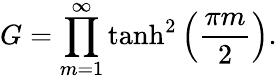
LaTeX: G=\prod_{m=1}^{\infty}\operatorname{tanh}^{2}\left({\frac{\pi m}{2}}\right).